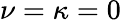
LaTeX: \nu=\kappa=0